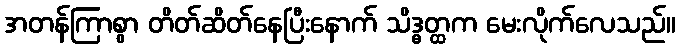
အတန်ကြာစွာ တိတ်ဆိတ်နေပြီးနောက် သိဒ္ဓတ္ထက မေးလိုက်လေသည်။